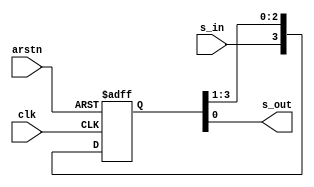
module siso #(parameter width = 4) (input s_in,clk,arstn,output s_out);
  reg [width-1:0] temp;
  always @(posedge clk,negedge arstn)begin
    if(!arstn)
      temp<=0;
    else begin
      temp <= temp >> 1;
      temp[3] <= s_in;
    end
  end
 assign s_out = temp[0];
endmodule